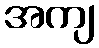
အကျ